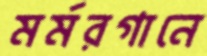
মর্মরগানে